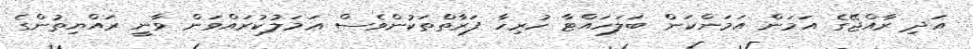
އަދި ރާއްޖޭގެ އަމަން އަމަންކަން ބަލަހައްޓާ ހުރިހާ ފަރާތްތަކުންވެސް ޢަމަލުކުރައްްވަން ވާނީ ރައްޔިތުންގެ